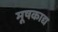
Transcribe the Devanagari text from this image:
मूषकाद्य